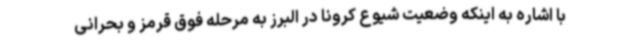
با اشاره به اینکه وضعیت شیوع کرونا در البرز به مرحله فوق قرمز و بحرانی